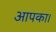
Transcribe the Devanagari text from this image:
आपका।